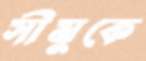
সীমুকে